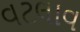
વટલાવ